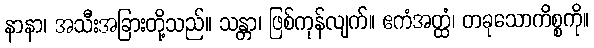
နာနာ၊ အသီးအခြားတို့သည်။ သန္တာ၊ ဖြစ်ကုန်လျက်။ ဧကံအတ္ထံ၊ တခုသောကိစ္စကို။